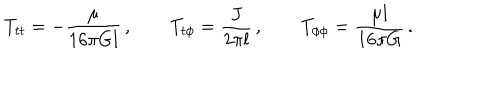
T _ { t t } = - \frac { \mu } { 1 6 \pi G l } \, , \qquad T _ { t \phi } = \frac { J } { 2 \pi l } \, , \qquad T _ { \phi \phi } = \frac { \mu l } { 1 6 \pi G } \, .